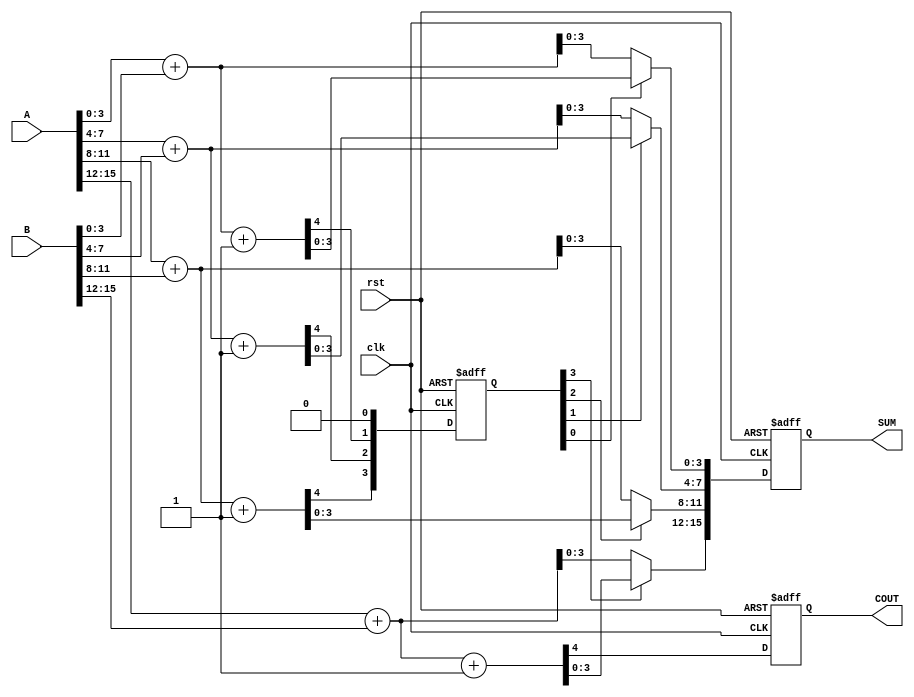
module Pipelined_Carry_Select_Adder #(parameter N = 16, // Total bit width
                                       parameter M = 4)  // Segment size
(
    input wire clk,
    input wire rst,
    input wire [N-1:0] A, // First operand
    input wire [N-1:0] B, // Second operand
    output reg [N-1:0] SUM, // Sum output
    output reg COUT // Carry out
);

    // Number of segments
    localparam NUM_SEGMENTS = N / M;

    // Internal signals
    reg [M-1:0] sum0 [0:NUM_SEGMENTS-1]; // Sums assuming carry-in = 0
    reg [M-1:0] sum1 [0:NUM_SEGMENTS-1]; // Sums assuming carry-in = 1
    reg [NUM_SEGMENTS-1:0] carry_out; // Carry out for each segment
    reg [NUM_SEGMENTS-1:0] carry_in; // Carry in for each segment
    reg [M-1:0] segment_A [0:NUM_SEGMENTS-1]; // Segments of A
    reg [M-1:0] segment_B [0:NUM_SEGMENTS-1]; // Segments of B

    // Segmenting inputs
    integer i;
    always @(*) begin
        for (i = 0; i < NUM_SEGMENTS; i = i + 1) begin
            segment_A[i] = A[M*i +: M];
            segment_B[i] = B[M*i +: M];
        end
    end

    // Carry Select Logic
    always @(*) begin
        for (i = 0; i < NUM_SEGMENTS; i = i + 1) begin
            {carry_out[i], sum0[i]} = segment_A[i] + segment_B[i]; // Carry-in = 0
            {carry_out[i], sum1[i]} = segment_A[i] + segment_B[i] + 1'b1; // Carry-in = 1
        end
    end

    // Pipelined Stage
    always @(posedge clk or posedge rst) begin
        if (rst) begin
            SUM <= 0;
            COUT <= 0;
            carry_in <= 0;
        end else begin
            // Stage 1: Calculate sums and carry outs
            for (i = 0; i < NUM_SEGMENTS; i = i + 1) begin
                if (i == 0) begin
                    carry_in[i] <= 0; // First segment carry-in is 0
                end else begin
                    carry_in[i] <= carry_out[i-1]; // Carry-in from previous segment
                end
            end

            // Stage 2: Select the correct sum based on carry_in
            for (i = 0; i < NUM_SEGMENTS; i = i + 1) begin
                if (carry_in[i] == 0) begin
                    SUM[M*i +: M] <= sum0[i];
                end else begin
                    SUM[M*i +: M] <= sum1[i];
                end
            end

            // Final Carry Out
            COUT <= carry_out[NUM_SEGMENTS-1];
        end
    end

endmodule